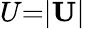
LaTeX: U{=}|\mathbf{U}|